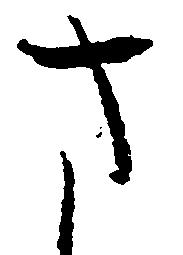
さ